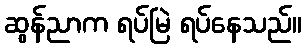
ဆွန်ညာက ရပ်မြဲ ရပ်နေသည်။